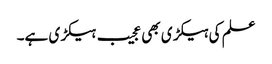
علم کی ہیکڑی بھی عجیب ہیکڑی ہے۔